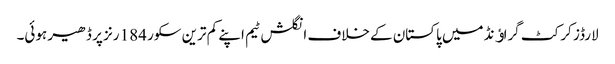
لارڈز کرکٹ گراﺅنڈ میں پاکستان کے خلاف انگلش ٹیم اپنے کم ترین سکور 184 رنز پر ڈھیر ہوئی۔